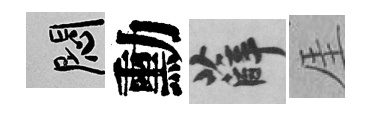
悶勳薛厓